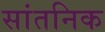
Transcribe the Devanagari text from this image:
सांतनिक